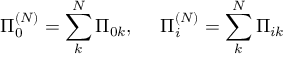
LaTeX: \Pi _ { 0 } ^ { ( N ) } = \sum _ { k } ^ { N } \Pi _ { 0 k } , ~ ~ ~ ~ \Pi _ { i } ^ { ( N ) } = \sum _ { k } ^ { N } \Pi _ { i k }